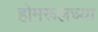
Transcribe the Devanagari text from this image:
होमरूलच्या